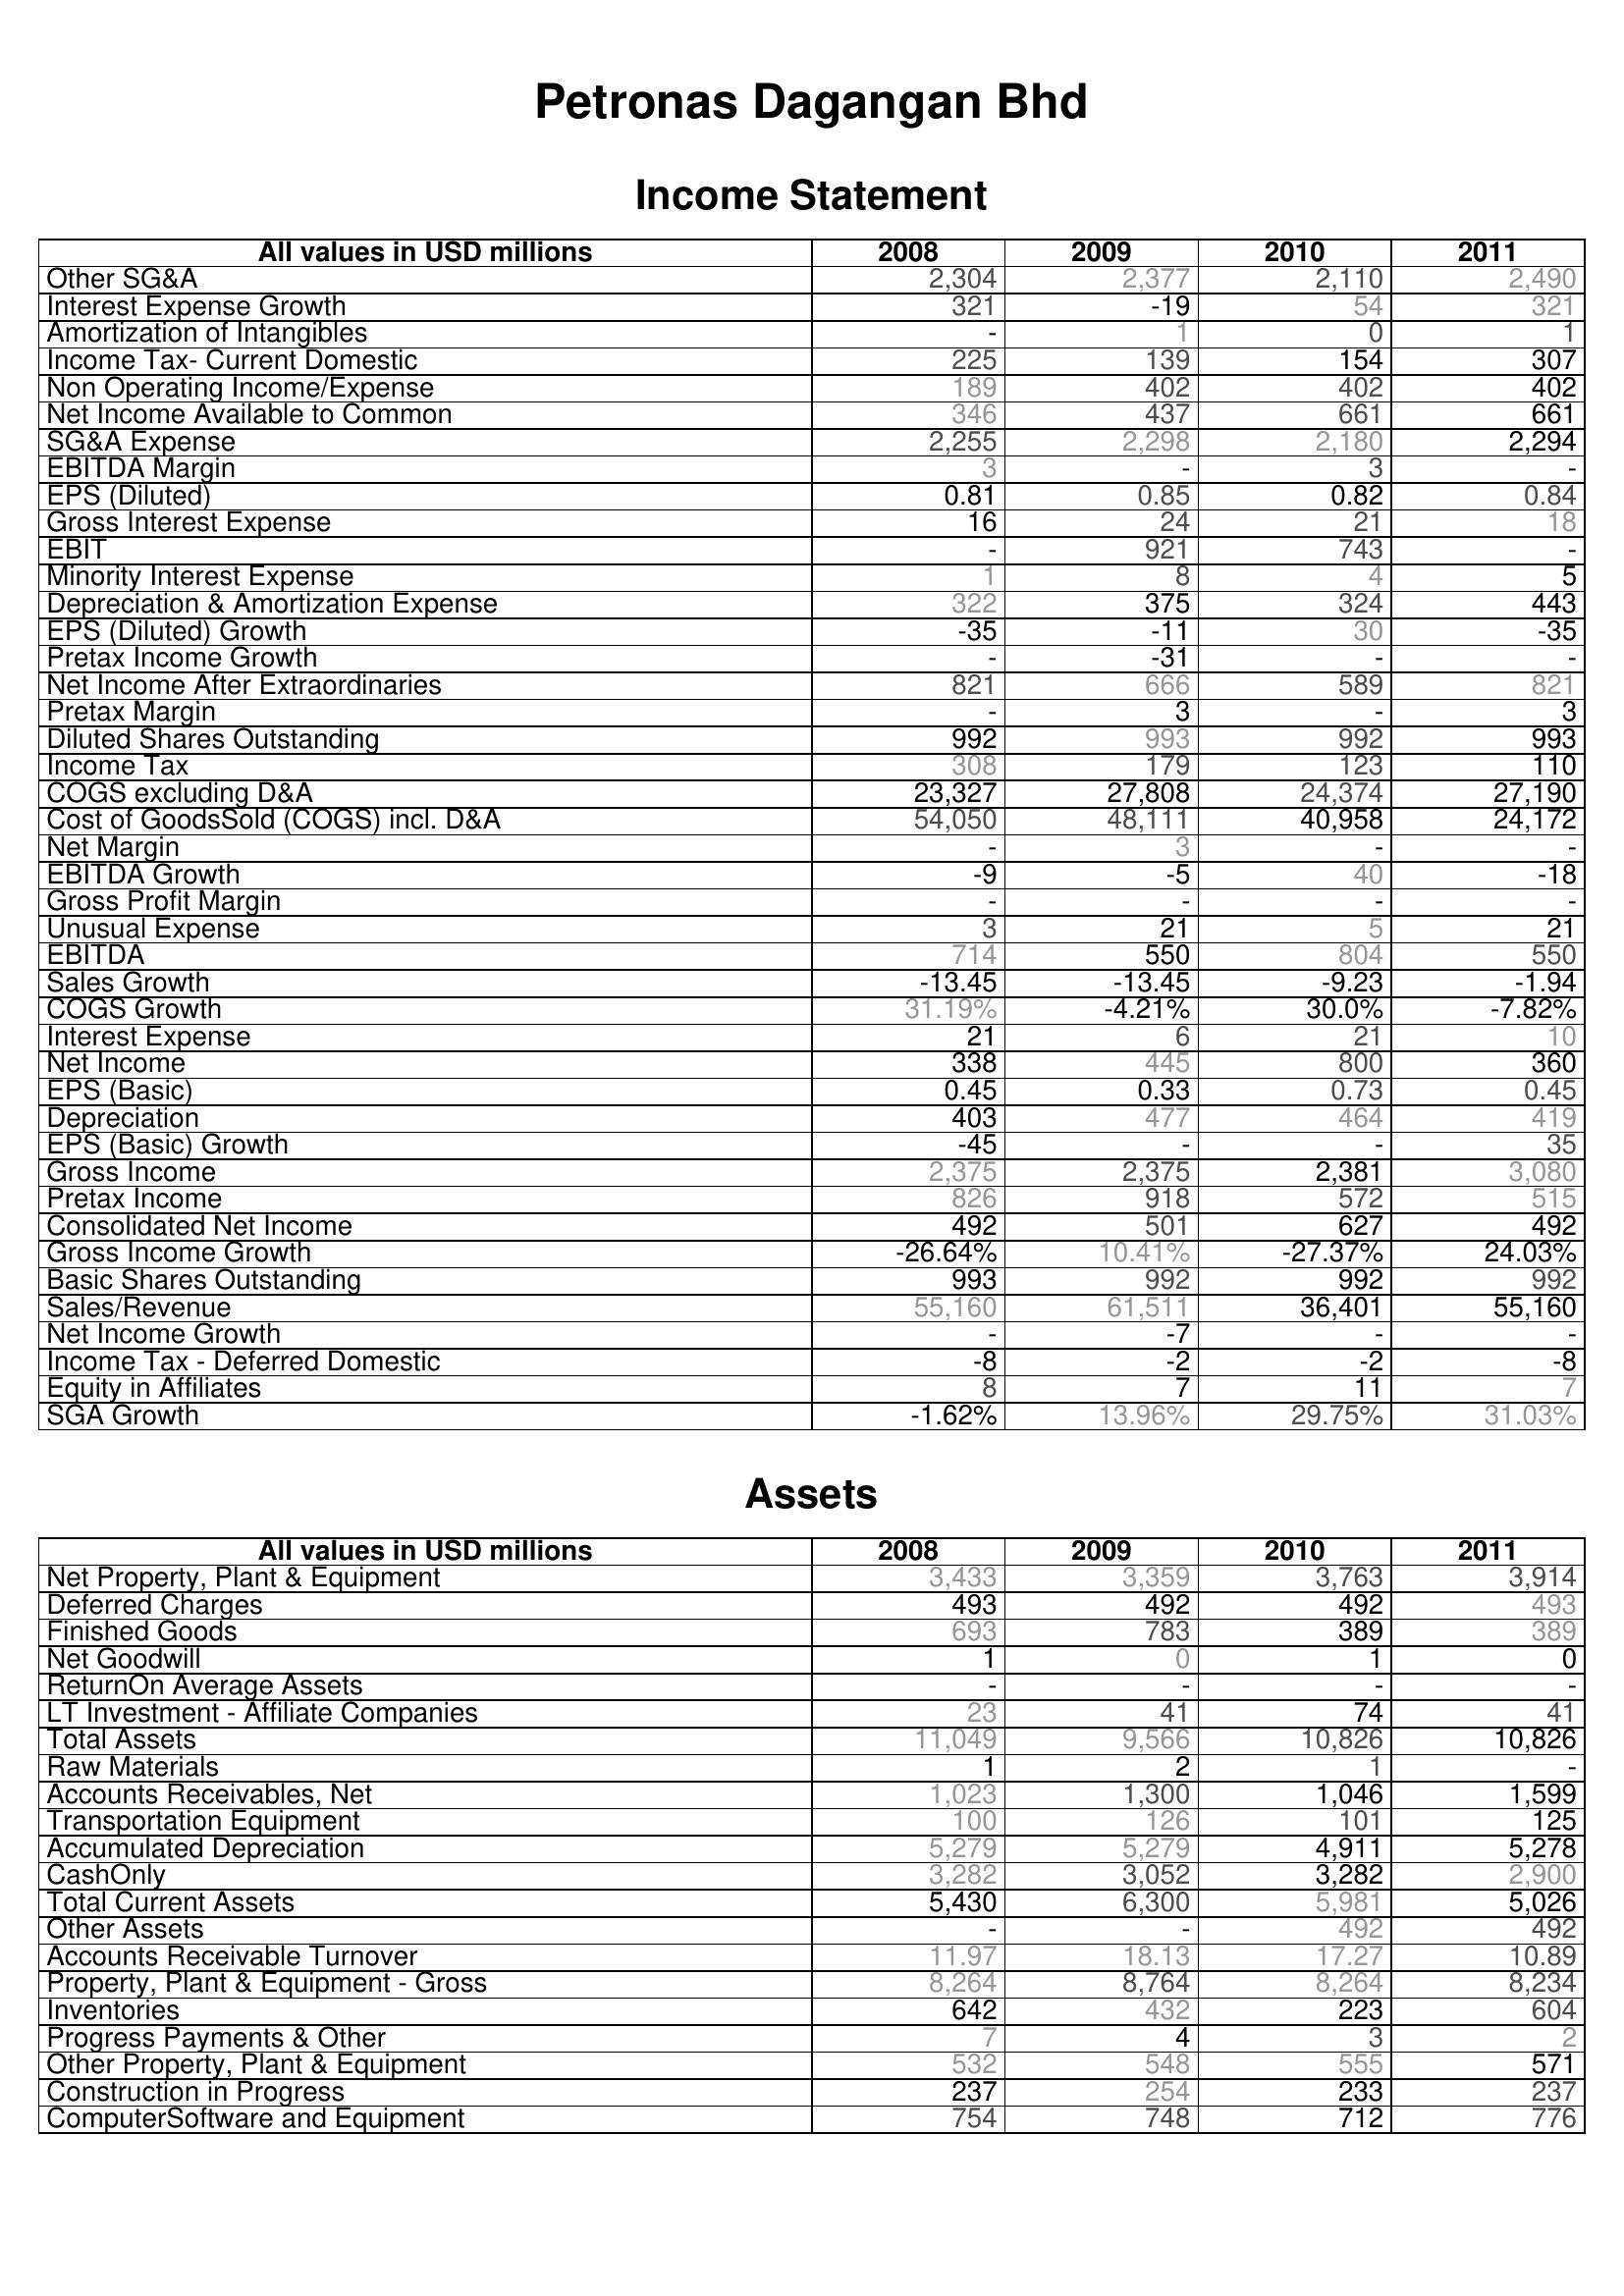
2008: Income Statement: Other SG&A: 2,304
Interest Expense Growth: 321
Amortization of Intangibles: -
Income Tax- Current Domestic: 225
Non Operating Income/Expense: 189
Net Income Available to Common: 346
SG&A Expense: 2,255
EBITDA Margin: 3
EPS (Diluted): 0.81
Gross Interest Expense: 16
EBIT: -
Minority Interest Expense: 1
Depreciation & Amortization Expense: 322
EPS (Diluted) Growth: -35
Pretax Income Growth: -
Net Income After Extraordinaries: 821
Pretax Margin: -
Diluted Shares Outstanding: 992
Income Tax: 308
COGS excluding D&A: 23,327
Cost of GoodsSold (COGS) incl. D&A: 54,050
Net Margin: -
EBITDA Growth: -9
Gross Profit Margin: -
Unusual Expense: 3
EBITDA: 714
Sales Growth: -13.45
COGS Growth: 31.19%
Interest Expense: 21
Net Income: 338
EPS (Basic): 0.45
Depreciation: 403
EPS (Basic) Growth: -45
Gross Income: 2,375
Pretax Income: 826
Consolidated Net Income: 492
Gross Income Growth: -26.64%
Basic Shares Outstanding: 993
Sales/Revenue: 55,160
Net Income Growth: -
Income Tax - Deferred Domestic: -8
Equity in Affiliates: 8
SGA Growth: -1.62%
Assets: Net Property, Plant & Equipment: 3,433
Deferred Charges: 493
Finished Goods: 693
Net Goodwill: 1
ReturnOn Average Assets: -
LT Investment - Affiliate Companies: 23
Total Assets: 11,049
Raw Materials: 1
Accounts Receivables, Net: 1,023
Transportation Equipment: 100
Accumulated Depreciation: 5,279
CashOnly: 3,282
Total Current Assets: 5,430
Other Assets: -
Accounts Receivable Turnover: 11.97
Property, Plant & Equipment - Gross : 8,264
Inventories: 642
Progress Payments & Other: 7
Other Property, Plant & Equipment: 532
Construction in Progress: 237
ComputerSoftware and Equipment: 754
2009: Income Statement: Other SG&A: 2,377
Interest Expense Growth: -19
Amortization of Intangibles: 1
Income Tax- Current Domestic: 139
Non Operating Income/Expense: 402
Net Income Available to Common: 437
SG&A Expense: 2,298
EBITDA Margin: -
EPS (Diluted): 0.85
Gross Interest Expense: 24
EBIT: 921
Minority Interest Expense: 8
Depreciation & Amortization Expense: 375
EPS (Diluted) Growth: -11
Pretax Income Growth: -31
Net Income After Extraordinaries: 666
Pretax Margin: 3
Diluted Shares Outstanding: 993
Income Tax: 179
COGS excluding D&A: 27,808
Cost of GoodsSold (COGS) incl. D&A: 48,111
Net Margin: 3
EBITDA Growth: -5
Gross Profit Margin: -
Unusual Expense: 21
EBITDA: 550
Sales Growth: -13.45
COGS Growth: -4.21%
Interest Expense: 6
Net Income: 445
EPS (Basic): 0.33
Depreciation: 477
EPS (Basic) Growth: -
Gross Income: 2,375
Pretax Income: 918
Consolidated Net Income: 501
Gross Income Growth: 10.41%
Basic Shares Outstanding: 992
Sales/Revenue: 61,511
Net Income Growth: -7
Income Tax - Deferred Domestic: -2
Equity in Affiliates: 7
SGA Growth: 13.96%
Assets: Net Property, Plant & Equipment: 3,359
Deferred Charges: 492
Finished Goods: 783
Net Goodwill: 0
ReturnOn Average Assets: -
LT Investment - Affiliate Companies: 41
Total Assets: 9,566
Raw Materials: 2
Accounts Receivables, Net: 1,300
Transportation Equipment: 126
Accumulated Depreciation: 5,279
CashOnly: 3,052
Total Current Assets: 6,300
Other Assets: -
Accounts Receivable Turnover: 18.13
Property, Plant & Equipment - Gross : 8,764
Inventories: 432
Progress Payments & Other: 4
Other Property, Plant & Equipment: 548
Construction in Progress: 254
ComputerSoftware and Equipment: 748
2010: Income Statement: Other SG&A: 2,110
Interest Expense Growth: 54
Amortization of Intangibles: 0
Income Tax- Current Domestic: 154
Non Operating Income/Expense: 402
Net Income Available to Common: 661
SG&A Expense: 2,180
EBITDA Margin: 3
EPS (Diluted): 0.82
Gross Interest Expense: 21
EBIT: 743
Minority Interest Expense: 4
Depreciation & Amortization Expense: 324
EPS (Diluted) Growth: 30
Pretax Income Growth: -
Net Income After Extraordinaries: 589
Pretax Margin: -
Diluted Shares Outstanding: 992
Income Tax: 123
COGS excluding D&A: 24,374
Cost of GoodsSold (COGS) incl. D&A: 40,958
Net Margin: -
EBITDA Growth: 40
Gross Profit Margin: -
Unusual Expense: 5
EBITDA: 804
Sales Growth: -9.23
COGS Growth: 30.0%
Interest Expense: 21
Net Income: 800
EPS (Basic): 0.73
Depreciation: 464
EPS (Basic) Growth: -
Gross Income: 2,381
Pretax Income: 572
Consolidated Net Income: 627
Gross Income Growth: -27.37%
Basic Shares Outstanding: 992
Sales/Revenue: 36,401
Net Income Growth: -
Income Tax - Deferred Domestic: -2
Equity in Affiliates: 11
SGA Growth: 29.75%
Assets: Net Property, Plant & Equipment: 3,763
Deferred Charges: 492
Finished Goods: 389
Net Goodwill: 1
ReturnOn Average Assets: -
LT Investment - Affiliate Companies: 74
Total Assets: 10,826
Raw Materials: 1
Accounts Receivables, Net: 1,046
Transportation Equipment: 101
Accumulated Depreciation: 4,911
CashOnly: 3,282
Total Current Assets: 5,981
Other Assets: 492
Accounts Receivable Turnover: 17.27
Property, Plant & Equipment - Gross : 8,264
Inventories: 223
Progress Payments & Other: 3
Other Property, Plant & Equipment: 555
Construction in Progress: 233
ComputerSoftware and Equipment: 712
2011: Income Statement: Other SG&A: 2,490
Interest Expense Growth: 321
Amortization of Intangibles: 1
Income Tax- Current Domestic: 307
Non Operating Income/Expense: 402
Net Income Available to Common: 661
SG&A Expense: 2,294
EBITDA Margin: -
EPS (Diluted): 0.84
Gross Interest Expense: 18
EBIT: -
Minority Interest Expense: 5
Depreciation & Amortization Expense: 443
EPS (Diluted) Growth: -35
Pretax Income Growth: -
Net Income After Extraordinaries: 821
Pretax Margin: 3
Diluted Shares Outstanding: 993
Income Tax: 110
COGS excluding D&A: 27,190
Cost of GoodsSold (COGS) incl. D&A: 24,172
Net Margin: -
EBITDA Growth: -18
Gross Profit Margin: -
Unusual Expense: 21
EBITDA: 550
Sales Growth: -1.94
COGS Growth: -7.82%
Interest Expense: 10
Net Income: 360
EPS (Basic): 0.45
Depreciation: 419
EPS (Basic) Growth: 35
Gross Income: 3,080
Pretax Income: 515
Consolidated Net Income: 492
Gross Income Growth: 24.03%
Basic Shares Outstanding: 992
Sales/Revenue: 55,160
Net Income Growth: -
Income Tax - Deferred Domestic: -8
Equity in Affiliates: 7
SGA Growth: 31.03%
Assets: Net Property, Plant & Equipment: 3,914
Deferred Charges: 493
Finished Goods: 389
Net Goodwill: 0
ReturnOn Average Assets: -
LT Investment - Affiliate Companies: 41
Total Assets: 10,826
Raw Materials: -
Accounts Receivables, Net: 1,599
Transportation Equipment: 125
Accumulated Depreciation: 5,278
CashOnly: 2,900
Total Current Assets: 5,026
Other Assets: 492
Accounts Receivable Turnover: 10.89
Property, Plant & Equipment - Gross : 8,234
Inventories: 604
Progress Payments & Other: 2
Other Property, Plant & Equipment: 571
Construction in Progress: 237
ComputerSoftware and Equipment: 776